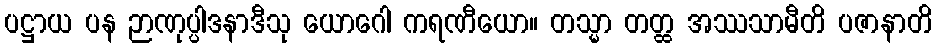
ပဋ္ဌာယ ပန ဉာဏုပ္ပါဒနာဒီသု ယောဂေါ ကရဏီယော။ တသ္မာ တတ္ထ အဿသာမီတိ ပဇာနာတိ